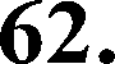
62.